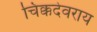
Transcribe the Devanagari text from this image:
चिक्कदेवराय